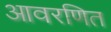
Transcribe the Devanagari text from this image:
आवरणित